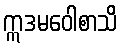
ဣဒမဝေါစာသိ